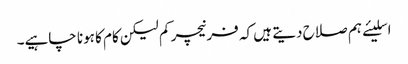
اسلیئے ہم صلاح دیتے ہیں کہ فرنیچر کم لیکن کام کا ہونا چاہیے۔